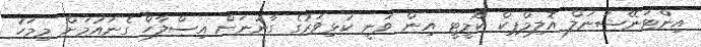
އިންޓަނޭޝަނަލް އޮލިމްޕިކް ކޮމީޓީ އިން ވަނީ ކުޅިވަރުގެ ގާނުނަށް އިސްލާހް ގެނައުމަށް މިމަހު